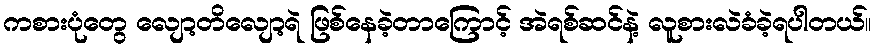
ကစားပုံတွေ လျော့တိလျော့ရဲ ဖြစ်နေခဲ့တာကြောင့် အဲရစ်ဆင်နဲ့ လူစားလဲခံခဲ့ရပါတယ်။